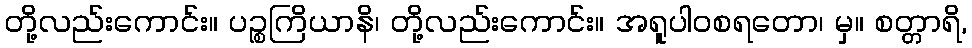
တို့လည်းကောင်း။ ပဉ္စကြိယာနိ၊ တို့လည်းကောင်း။ အရူပါဝစရတော၊ မှ။ စတ္တာရိ,